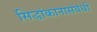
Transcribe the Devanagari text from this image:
सिद्धांकानासंबंधी